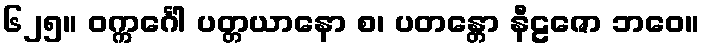
၆၂၅။ ဝက္ကင်္ဂေါ ပတ္တယာနော စ၊ ပတန္တော နီဠဇော ဘဝေ။